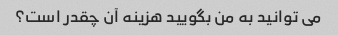
می توانید به من بگویید هزینه آن چقدر است؟